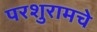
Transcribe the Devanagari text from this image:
परशुरामचे